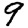
Digit: 9